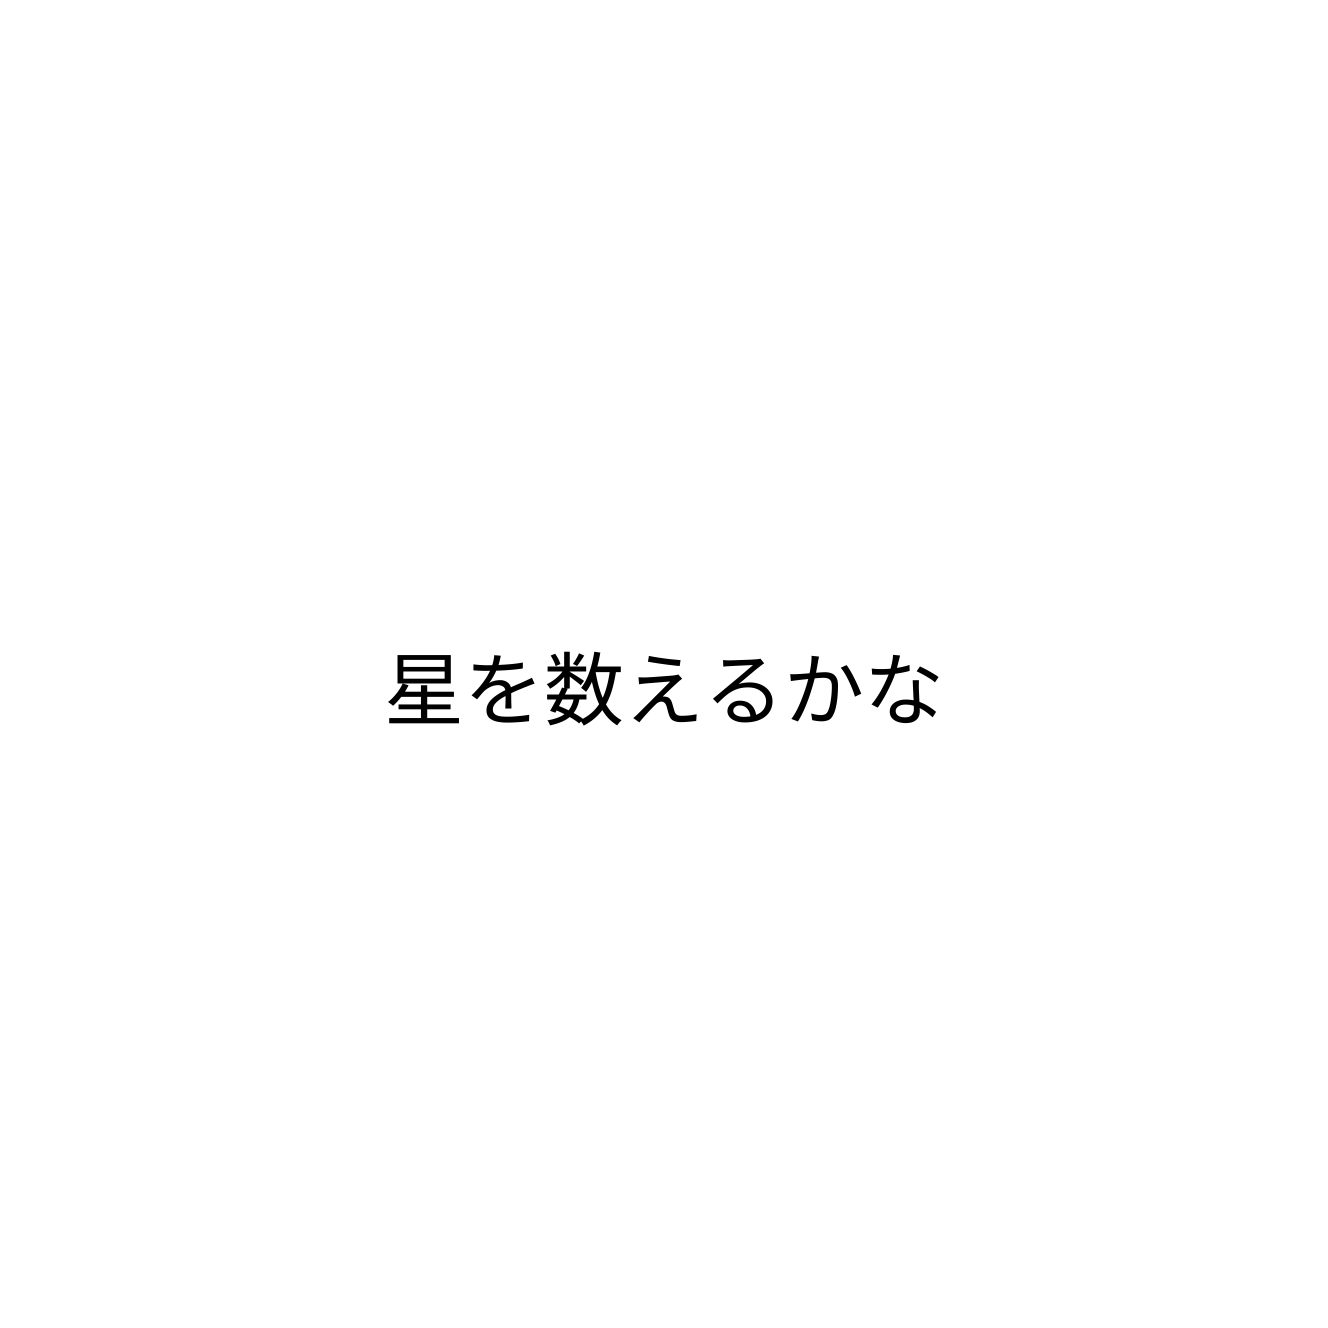
星を数えるかな